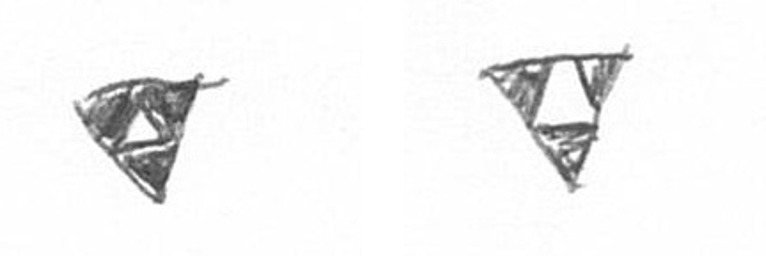
S S